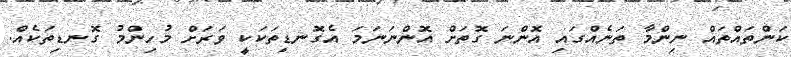
ކަންތައްތައް ނިންމާ ތަނެއްގައި އޮންނަ ގޮތަށް އޮންނަނަމަ އެގޮނޑިތަކަކީ ވަރަށް މުހިންމު ގޮނޑިތަކެއް.